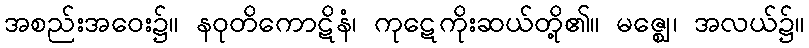
အစည်းအဝေး၌။ နဝုတိကောဋိနံ၊ ကုဋေကိုးဆယ်တို့၏။ မဇ္ဈေ၊ အလယ်၌။